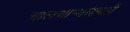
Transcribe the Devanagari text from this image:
चालणार्‍यांसाठी